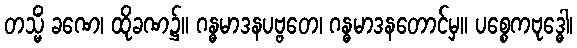
တသ္မိံ ခဏေ၊ ထိုခဏ၌။ ဂန္ဓမာဒနပဗ္ဗတေ၊ ဂန္ဓမာဒနတောင်မှ။ ပစ္စေကဗုဒ္ဓေါ၊